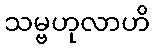
သမ္ဗဟုလာဟိ